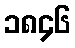
၁၈၄၆